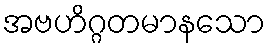
အဗဟိဂ္ဂတမာနသော